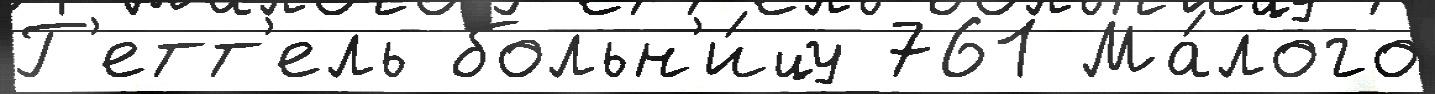
Г'етт'ель больн'и́цу 761 Ма́лого